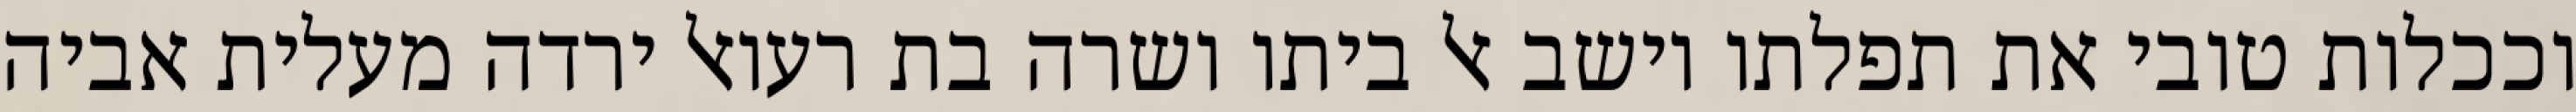
וככלות טובי את תפלתו וישב אל ביתו ושרה בת רעואל ירדה מעלית אביה